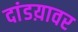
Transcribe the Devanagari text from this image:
दांडय़ावर